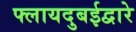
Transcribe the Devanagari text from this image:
फ्लायदुबईद्वारे